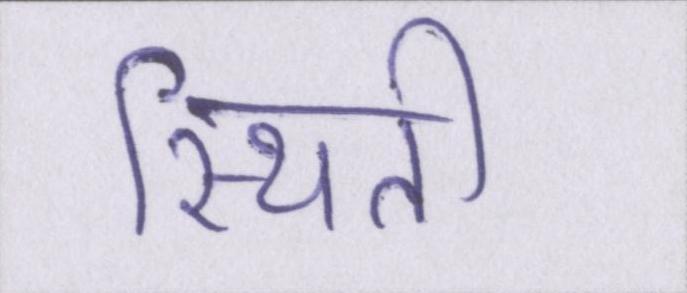
स्थिती